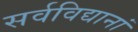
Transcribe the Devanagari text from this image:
सर्वविद्यानां